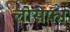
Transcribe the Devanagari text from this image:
लोसेफा